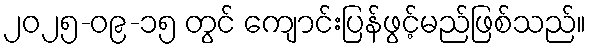
၂၀၂၅-၀၉-၁၅ တွင် ကျောင်းပြန်ဖွင့်မည်ဖြစ်သည်။